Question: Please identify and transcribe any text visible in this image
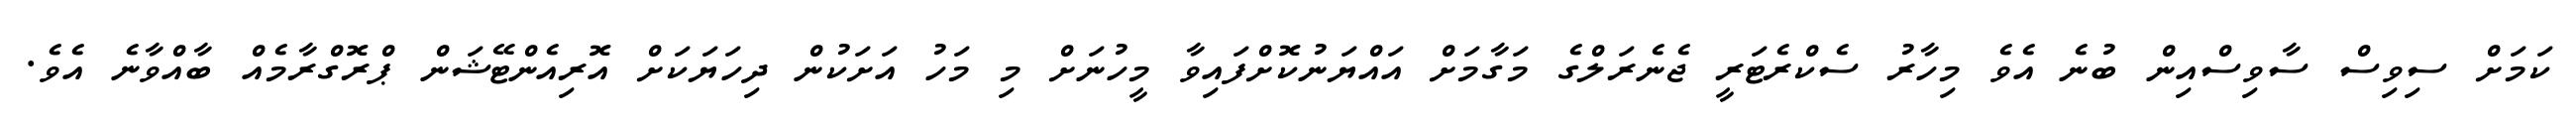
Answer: ކަމަށް ސިވިސް ސާވިސްއިން ބުނެ އެވެ މިހާރު ސެކްރެޓަރީ ޖެނެރަލްގެ މަގާމަށް އައްޔަނުކޮށްފައިވާ މީހުނަށް މި މަހު އަށަކުން ދިހަޔަކަށް އޮރިއެންޓޭޝަން ޕްރޮގްރާމެއް ބާއްވާނެ އެވެ.